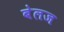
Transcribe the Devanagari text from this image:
बेलज